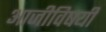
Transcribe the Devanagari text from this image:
आजीविषयी